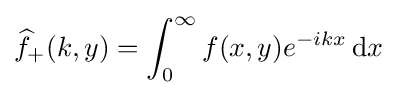
{\widehat {f}}_{+}(k,y)=\int _{0}^{\infty }f(x,y)e^{-ikx}\,{\textrm {d}}x